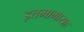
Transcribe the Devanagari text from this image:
इतमामासह